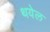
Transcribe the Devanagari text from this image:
थयेल